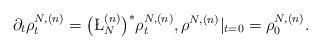
LaTeX: \begin{align*} \partial_t \rho^{N,(n)}_t = \big(\L_N^{(n)} \big)^\ast \rho^{N,(n)}_t, \rho^{N,(n)}|_{t=0}= \rho^{N,(n)}_0. \end{align*}